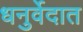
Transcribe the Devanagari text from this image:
धनुर्वेदात